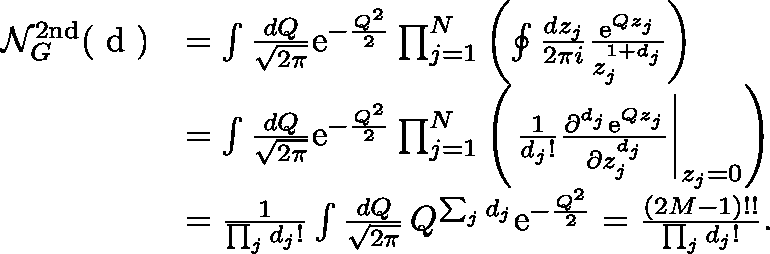
\begin{array} { r l } { \mathcal { N } _ { G } ^ { \mathrm { 2 n d } } ( \mathrm { \boldmath ~ d ~ } ) } & { = \int \frac { d Q } { \sqrt { 2 \pi } } \mathrm { e } ^ { - \frac { Q ^ { 2 } } { 2 } } \prod _ { j = 1 } ^ { N } \left( \oint \frac { d z _ { j } } { 2 \pi i } \frac { \mathrm { e } ^ { Q z _ { j } } } { z _ { j } ^ { 1 + d _ { j } } } \right) } \\ & { = \int \frac { d Q } { \sqrt { 2 \pi } } \mathrm { e } ^ { - \frac { Q ^ { 2 } } { 2 } } \prod _ { j = 1 } ^ { N } \left( \left. \frac { 1 } { d _ { j } ! } \frac { \partial ^ { d _ { j } } \mathrm { e } ^ { Q z _ { j } } } { \partial z _ { j } ^ { d _ { j } } } \right| _ { z _ { j } = 0 } \right) } \\ & { = \frac { 1 } { \prod _ { j } d _ { j } ! } \int \frac { d Q } { \sqrt { 2 \pi } } \, Q ^ { \sum _ { j } d _ { j } } \mathrm { e } ^ { - \frac { Q ^ { 2 } } { 2 } } = \frac { ( 2 M - 1 ) ! ! } { \prod _ { j } d _ { j } ! } . } \end{array}